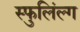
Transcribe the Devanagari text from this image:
स्फुलिंल्ग